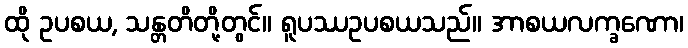
ထို ဥပစယ, သန္တတိတို့တွင်။ ရူပဿဥပစယသည်။ အာစယလက္ခဏော၊